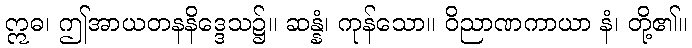
ဣဓ၊ ဤအာယတနနိဒ္ဒေသ၌။ ဆန္နံ၊ ကုန်သော။ ဝိညာဏကာယာ နံ၊ တို့၏။